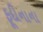
ફૂદીનાના